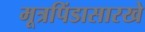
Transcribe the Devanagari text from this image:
मूत्रपिंडासारखे